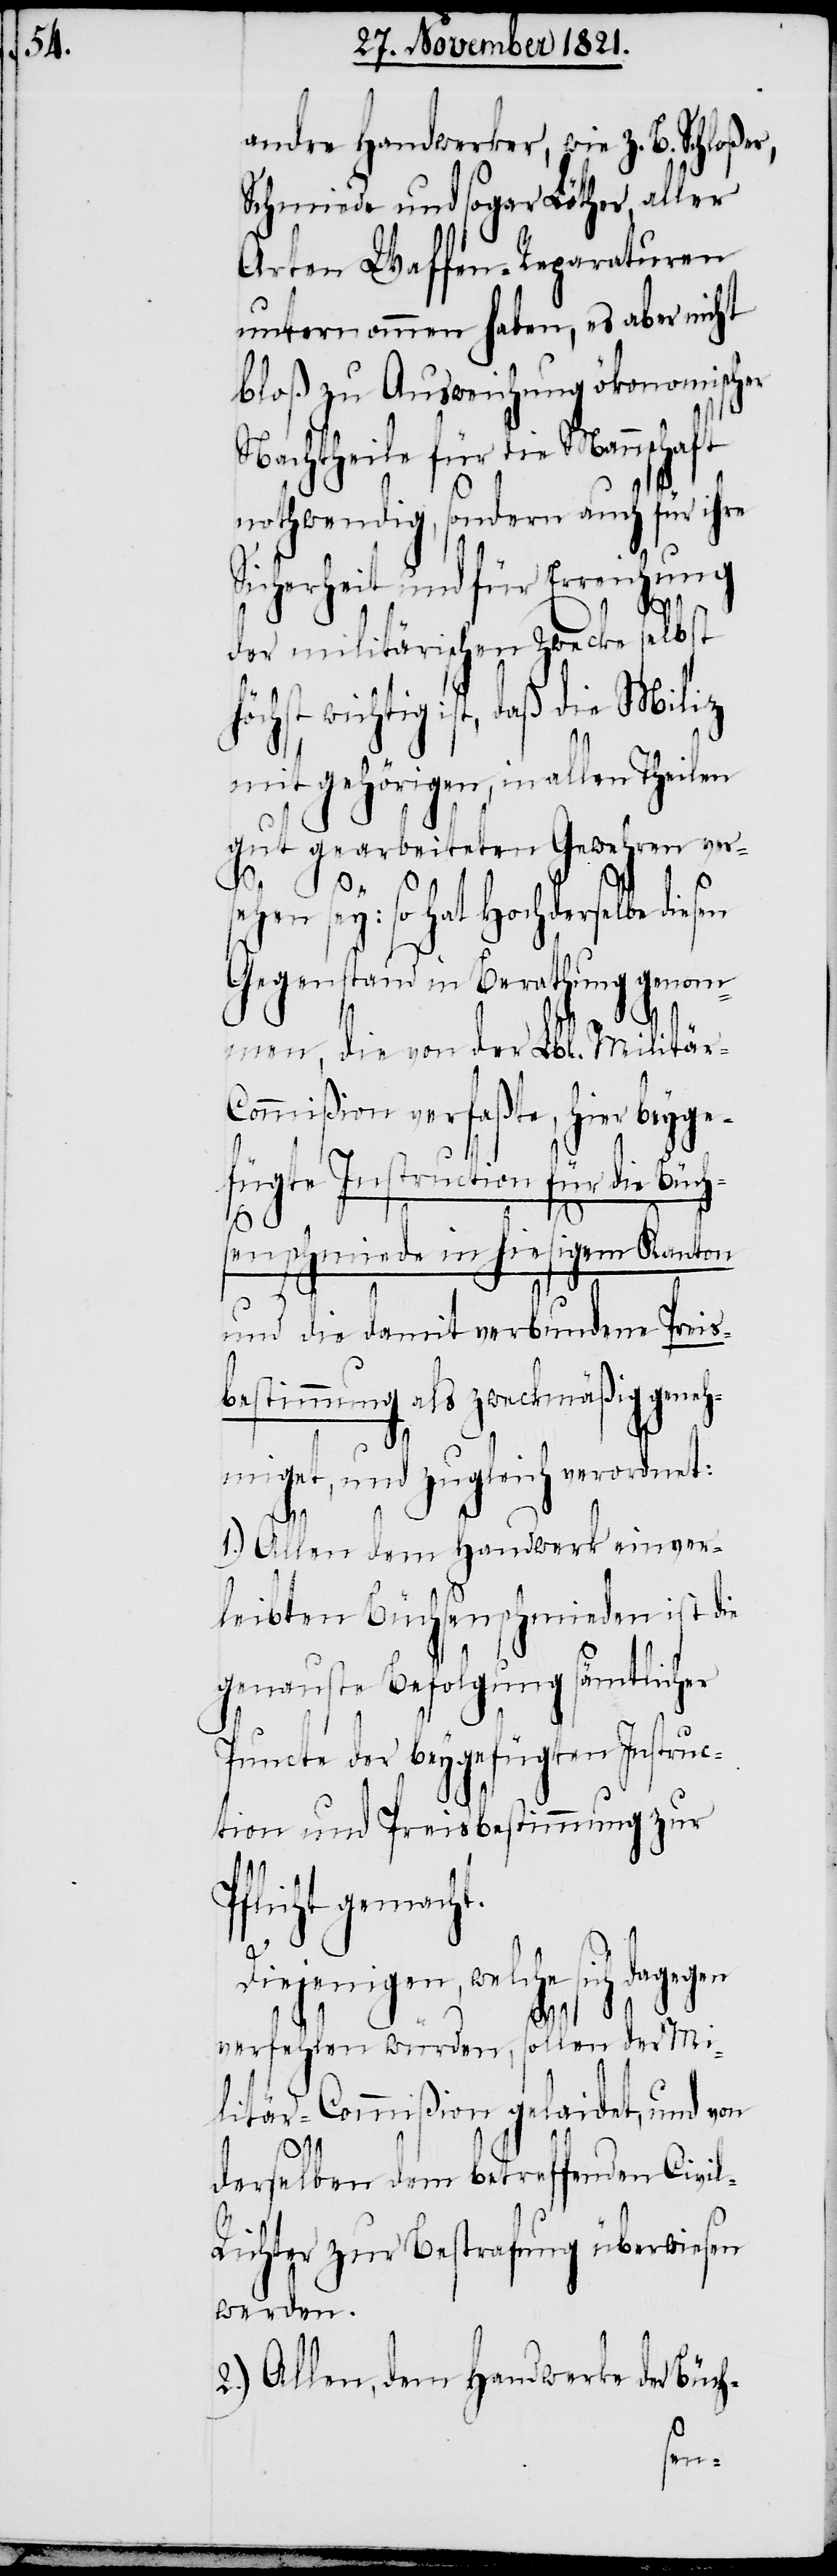
andre Handwerker, wie z. B. Schloßer,
Schmiede und sogar Löther, aller
Arten Waffen-Reparaturen
unternommen haben, es aber nicht
bloß zu Ausweichung ökonomischer
Nachtheile für die Mannschaft
nothwendig, sondern auch für ihre
Sicherheit und für Erreichung
der militärischen Zwecke selbst
wichtig ist, daß die Miliz
mit gehörigen, in allen Theilen
gut gearbeiteten Gewehren ver¬
hen sey: so hat Hochderselbe diesen
Gegenstand in Berathung genom¬
men, die von der Lbl. Militä¬
ommißion verfaßte, hier beyge¬
fügte Instruction für die Büc¬
hsenschmiede in hiesigem Kanton
und die damit verbundene Preis¬
bestimmung als zweckmäßig geneh¬
miget, und zugleich verordnet:
1.)
Allen dem Handwerk einver¬
leibten Büchsenschmieden ist die
genauste Befolgung sämtlicher
Puncte der beygefügten Instruc¬
tion und Preisbestimmung zur
Pflicht gemacht.
Diejenigen, welche sich dagegen
verfehlen würden, sollen der Mi¬
litär-Commißion gelaidet, und von
derselben dem betreffenden Civi¬
l-Richter zur Bestrafung überwiesen
werden.
2.) Allen, dem Handwerk der Büch-